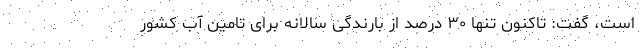
است، گفت: تاکنون تنها ۳۰ درصد از بارندگی سالانه برای تامین آب کشور